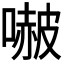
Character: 𭊥